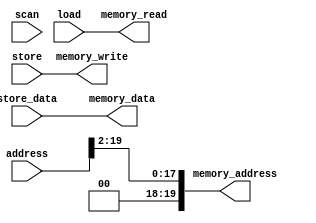
/** @module : memory_issue
 *  @author : Adaptive & Secure Computing Systems (ASCS) Laboratory

 *  Copyright (c) 2019 BRISC-V (ASCS/ECE/BU)
 *  Permission is hereby granted, free of charge, to any person obtaining a copy
 *  of this software and associated documentation files (the "Software"), to deal
 *  in the Software without restriction, including without limitation the rights
 *  to use, copy, modify, merge, publish, distribute, sublicense, and/or sell
 *  copies of the Software, and to permit persons to whom the Software is
 *  furnished to do so, subject to the following conditions:
 *  The above copyright notice and this permission notice shall be included in
 *  all copies or substantial portions of the Software.

 *  THE SOFTWARE IS PROVIDED "AS IS", WITHOUT WARRANTY OF ANY KIND, EXPRESS OR
 *  IMPLIED, INCLUDING BUT NOT LIMITED TO THE WARRANTIES OF MERCHANTABILITY,
 *  FITNESS FOR A PARTICULAR PURPOSE AND NONINFRINGEMENT. IN NO EVENT SHALL THE
 *  AUTHORS OR COPYRIGHT HOLDERS BE LIABLE FOR ANY CLAIM, DAMAGES OR OTHER
 *  LIABILITY, WHETHER IN AN ACTION OF CONTRACT, TORT OR OTHERWISE, ARISING FROM,
 *  OUT OF OR IN CONNECTION WITH THE SOFTWARE OR THE USE OR OTHER DEALINGS IN
 *  THE SOFTWARE.
 */

module memory_issue #(
  parameter CORE            =    0,
  parameter DATA_WIDTH      =   32,
  parameter ADDRESS_BITS    =   20,
  parameter SCAN_CYCLES_MIN =    0,
  parameter SCAN_CYCLES_MAX = 1000
) (

  // Execute stage interface
  input load,
  input store,
  input [ADDRESS_BITS-1:0] address,
  input [DATA_WIDTH-1:0] store_data,

  // Memory interface
  output memory_read,
  output memory_write,
  output [ADDRESS_BITS-1:0] memory_address,
  output [DATA_WIDTH-1:0] memory_data,

  // Scan signal
  input scan

);


assign memory_read    = load;
assign memory_write   = store;
assign memory_address = address >> 2;
assign memory_data    = store_data;

endmodule